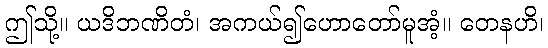
ဤသို့။ ယဒိဘဏိတံ၊ အကယ်၍ဟောတော်မူအံ့။ တေနဟိ၊